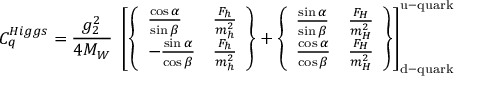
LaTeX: C _ { q } ^ { H i g g s } = { \frac { g _ { 2 } ^ { 2 } } { 4 M _ { W } } } ~ \left[ \left\{ \begin{array} { l l } { { { \frac { \cos \alpha } { \sin \beta } } } } & { { { \frac { F _ { h } } { m _ { h } ^ { 2 } } } } } \\ { { - { \frac { \sin \alpha } { \cos \beta } } } } & { { { \frac { F _ { h } } { m _ { h } ^ { 2 } } } } } \end{array} \right\} + \left\{ \begin{array} { l l } { { { \frac { \sin \alpha } { \sin \beta } } } } & { { { \frac { F _ { H } } { m _ { H } ^ { 2 } } } } } \\ { { { \frac { \cos \alpha } { \cos \beta } } } } & { { { \frac { F _ { H } } { m _ { H } ^ { 2 } } } } } \end{array} \right\} \right] _ { \mathrm { d - q u a r k } } ^ { \mathrm { u - q u a r k } }